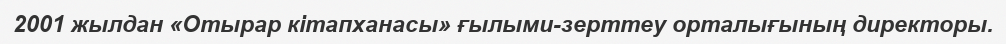
2001 жылдан «Отырар кітапханасы» ғылыми-зерттеу орталығының директоры.